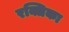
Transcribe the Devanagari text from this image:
रक्तिका